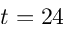
t = 2 4